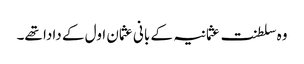
وہ سلطنت عثمانیہ کے بانی عثمان اول کے دادا تھے۔